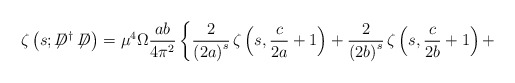
\begin{align*}\zeta\left(s;\not\!\!D^{\dag}\not\!\!D\right)={\mu}^4 \Omega\frac{ab}{4{\pi}^2}\left\{\frac{2}{\left(2a\right)^s}\,\zeta\left(s,\frac{c}{2a}+1\right)+\frac{2}{\left(2b\right)^s}\,\zeta\left(s,\frac{c}{2b}+1\right)+\right.\end{align*}